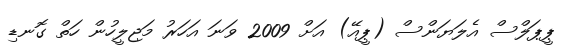
ޕީޕަލްސް އެލަޔަންސް (ޕީއޭ) އަށް 2009 ވަނަ އަހަރު މަޖިލީހުން ހަތް ގޮނޑި